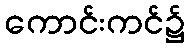
ကောင်းကင်၌